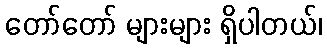
တော်တော် များများ ရှိပါတယ်၊